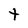
Character: t